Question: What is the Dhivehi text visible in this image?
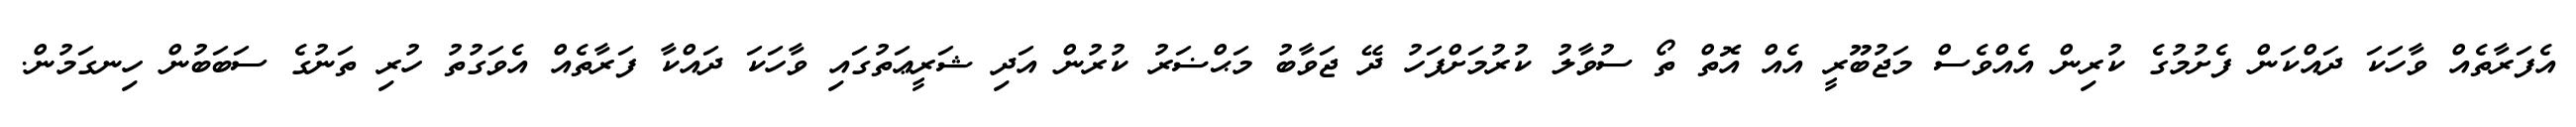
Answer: އެފަރާތެއް ވާހަކަ ދައްކަން ފެށުމުގެ ކުރިން އެއްވެސް މަޖުބޫރީ އެއް އޮތް ތޯ ސުވާލު ކުރުމަށްފަހު ދޭ ޖަވާބު މަޙްޟަރު ކުރުން އަދި ޝަރީޢަތުގައި ވާހަކަ ދައްކާ ފަރާތެއް އެވަގުތު ހުރި ތަނުގެ ސަބަބުން ހިނގަމުން.